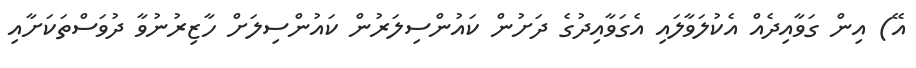
އޭ) އިން ގަވާއިދެއް އެކުލަވާލައި އެގަވާއިދުގެ ދަށުން ކައުންސިލަރުން ކައުންސިލަށް ހާޒިރުނުވާ ދުވަސްތަކަށާއި